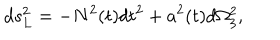
d s _ { L } ^ { 2 } = - N ^ { 2 } ( t ) d t ^ { 2 } + a ^ { 2 } ( t ) d \Omega _ { 3 } ^ { 2 } ,